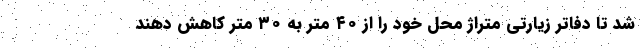
شد تا دفاتر زیارتی متراژ محل خود را از ۴۰ متر به ۳۰ متر کاهش دهند